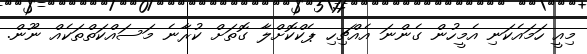
މިއީ ހަމައެކަނި އެމީހުން ގެންނަ އެއްޗިހި ޕެކްކޮށްލާ ގޮތަށް ކުރާނެ މަސައްކަތްތަކެއް ނޫން.